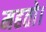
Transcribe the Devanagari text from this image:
महतो।